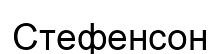
Стефенсон